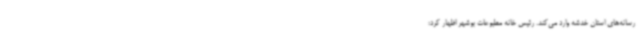
رسانه‌های استان خدشه وارد می‌کند. رئیس خانه مطبوعات بوشهر اظهار کرد: